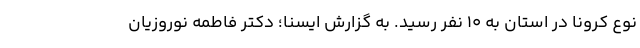
نوع کرونا در استان به ۱۰ نفر رسید. به گزارش ایسنا؛ دکتر فاطمه نوروزیان